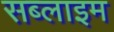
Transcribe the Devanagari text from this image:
सब्लाइम